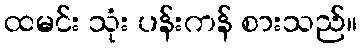
ထမင်း သုံး ပန်းကန် စားသည်။